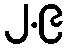
၂.၉